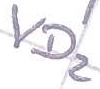
Text: VD2